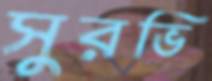
সুরভি